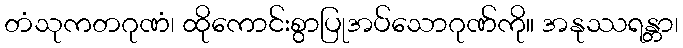
တံသုကတဂုဏံ၊ ထိုကောင်းစွာပြုအပ်သောဂုဏ်ကို။ အနုဿရန္တာ၊